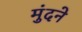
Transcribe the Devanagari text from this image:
मुंदने